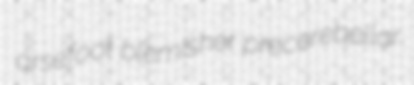
arsefoot blemisher precerebellar